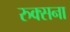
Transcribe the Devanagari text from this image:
रुक्सना